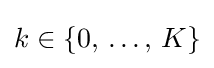
k\in \left\{0,\,\dots ,\,K\right\}